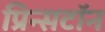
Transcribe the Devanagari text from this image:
प्रिन्सटॉन